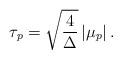
LaTeX: \begin{align*}\tau_p = \sqrt {{4\over \Delta}}\,|\mu_p|\, .\end{align*}